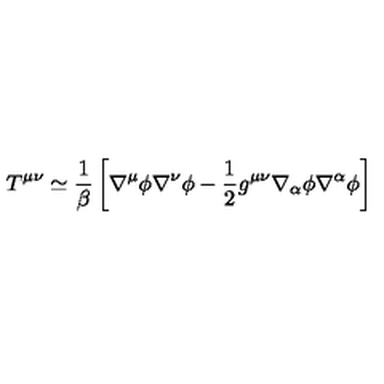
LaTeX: T ^ { \mu \nu } \simeq \frac { 1 } { \beta } \left[ \nabla ^ { \mu } \phi \nabla ^ { \nu } \phi - \frac { 1 } { 2 } g ^ { \mu \nu } \nabla _ { \alpha } \phi \nabla ^ { \alpha } \phi \right]